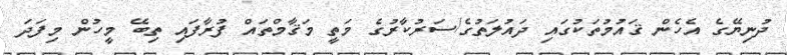
ދުނިޔޭގެ އެހެން ޤައުމުތަކުގައި ދައުލަތުގެ/ސަރުކާރުގެ މަތީ މަޤާމްތައް ފުރާފައި ތިބޭ މީހުން މިފަދަ